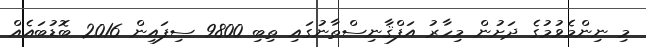
މި ނިންމެވުމުގެ ދަށުން މިހާރު އަފްޤާނިސްތާނުގައި ތިބި 9800 ސިފައިން 2016 ބޮޑުބައެއް